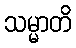
သမ္မာတိ